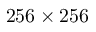
2 5 6 \times 2 5 6